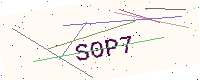
Text: S0P7